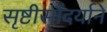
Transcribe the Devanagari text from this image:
सृष्टीसौंदर्याने